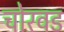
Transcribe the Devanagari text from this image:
चोरवड